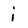
Character: i